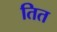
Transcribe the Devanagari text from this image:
तित